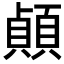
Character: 𫖣